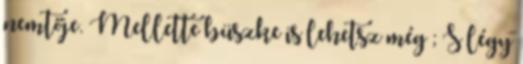
nemtője. Mellette büszke is lehetsz még ; S légy